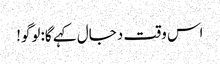
اس وقت دجال کہے گا:لوگو!